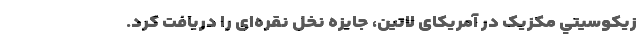
زيكوسيتي مکزیک در آمريكاى لاتين، جایزه نخل نقره‌اى را دريافت كرد.